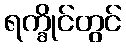
ရက္ခိုင်တွင်